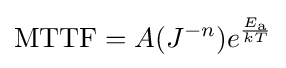
{\text{MTTF}}=A(J^{-n})e^{\frac {E_{\text{a}}}{kT}}